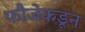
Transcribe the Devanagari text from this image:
फौजेकडून